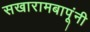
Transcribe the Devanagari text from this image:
सखारामबापूंनी